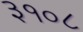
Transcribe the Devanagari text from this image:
३१०८